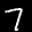
Label: 7